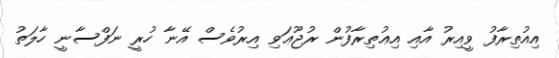
އިއުތިރާފު ވީއިރު އާއި އިޢުތިރާފުން ރުޖޫޢަވި އިރުވެސް އޭނާ ހުރީ ނަފްސާނީ ހާލަތު